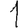
Digit: 1